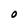
Character: O